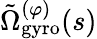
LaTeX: \tilde{\Omega}_{\mathrm{gyro}}^{(\varphi)}(s)